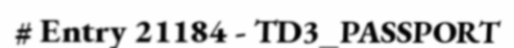
# Entry 21184 - TD3_PASSPORT